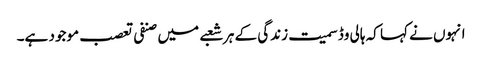
انہوں نے کہا کہ ہالی وڈ سمیت زندگی کے ہر شعبے میں صنفی تعصب موجود ہے۔